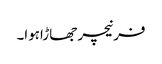
فرنیچر جھاڑاہوا۔